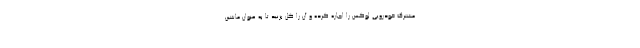
مشترک خودرویی لوکس را اجاره کرده و آن را گل بزنید تا به عنوان ماشین